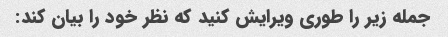
جمله زیر را طوری ویرایش کنید که نظر خود را بیان کند: